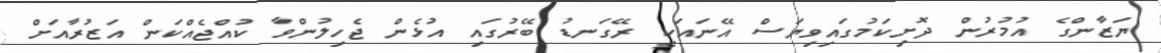
ޔަޒާންގެ އުމުރުން ދޮށިކަމުގައިވިޔަސް އޭނައަކީ ރޭގަނޑު ބޭރުގައި އުޅެން ޖެހިލުންވާ ކުއްޖެއްކަން އަޒުރާއަށް